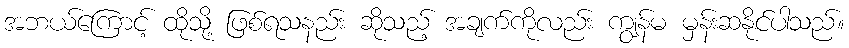
အဘယ်ကြောင့် ထိုသို့ ဖြစ်ရသနည်း ဆိုသည့် အချက်ကိုလည်း ကျွန်မ မှန်းဆနိုင်ပါသည်။